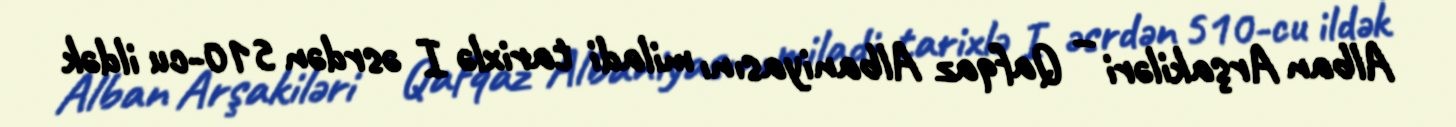
Alban Arşakiləri – Qafqaz Albaniyasını miladi tarixlə I əsrdən 510-cu ildək